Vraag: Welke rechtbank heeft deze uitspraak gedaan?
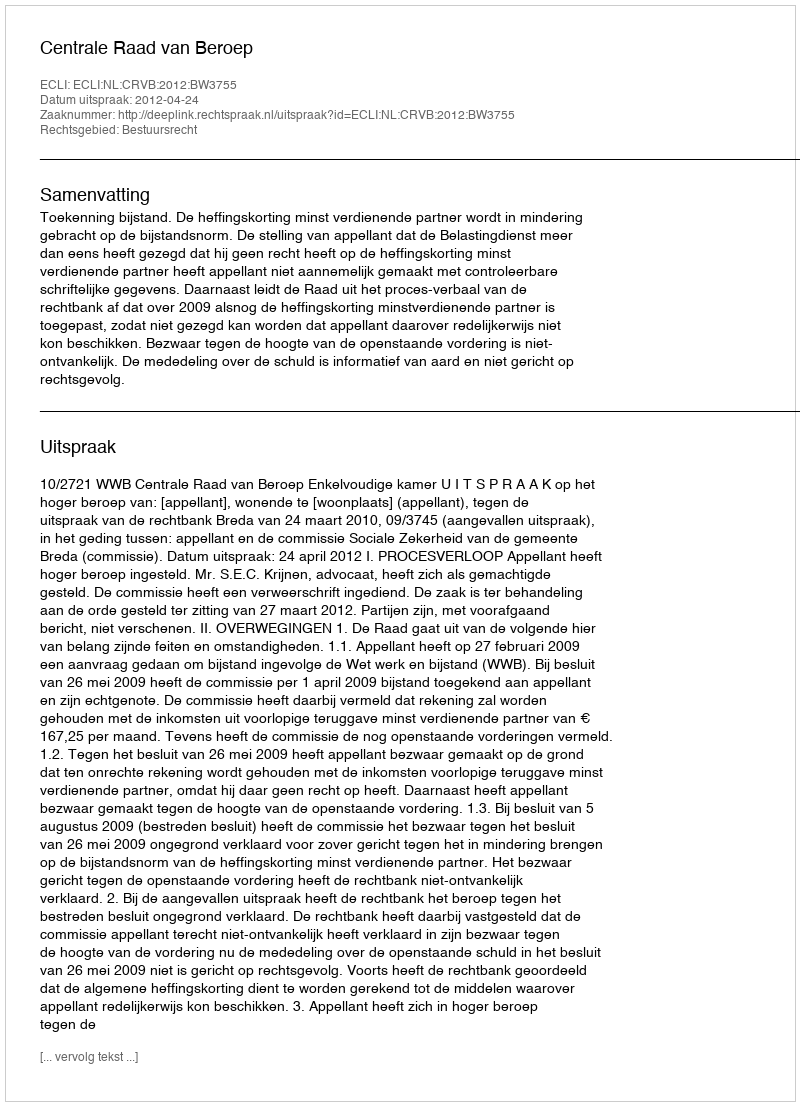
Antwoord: Centrale Raad van Beroep